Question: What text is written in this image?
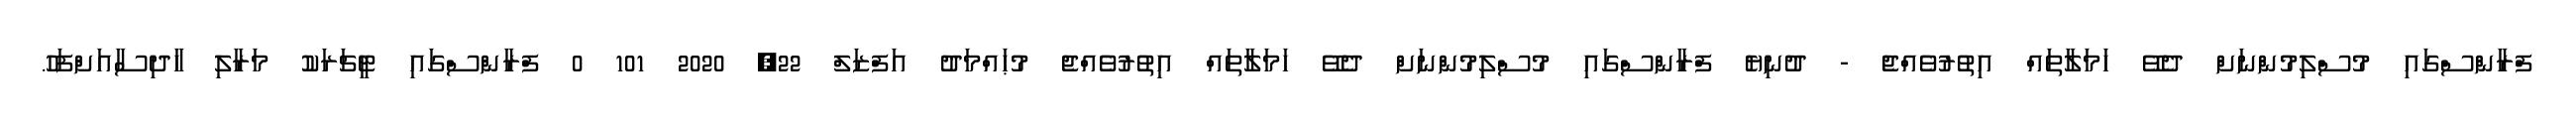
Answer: ފްރާންސްގައި މުސްލިމުންނަށް ދެވޭ ހަމަލާތައް އިތުރުވެއްޖެ - ދުނިޔެ ފްރާންސްގައި މުސްލިމުންނަށް ދެވޭ ހަމަލާތައް އިތުރުވެއްޖެ މުޙައްމަދު އަފްޒަލް 22, 2020 101 0 ފްރާންސްގައި ޓީޗަރަކު މަރާލި ހާދިސާއަށްފަހު.